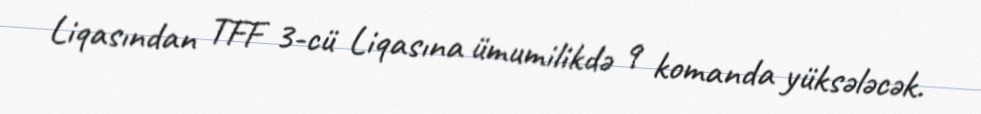
Liqasından TFF 3-cü Liqasına ümumilikdə 9 komanda yüksələcək.